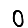
Digit: 0